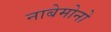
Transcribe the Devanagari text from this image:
नाबेमोनो